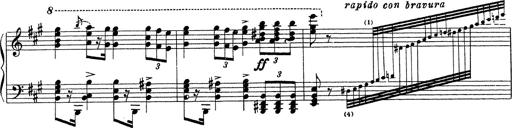
Title: Ballade No.1
Composer: Richard St. Clair